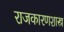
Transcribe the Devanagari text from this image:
राजकारणशास्त्र